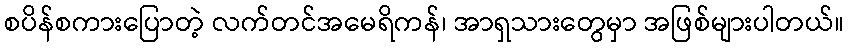
စပိန်စကားပြောတဲ့ လက်တင်အမေရိကန်၊ အာရှသားတွေမှာ အဖြစ်များပါတယ်။